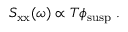
S _ { \mathrm { x x } } ( \omega ) \propto T \phi _ { \mathrm { s u s p } } ~ .